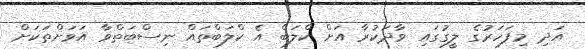
އަދި މިފަހަރުގެ ލީގުގައި ވާދަކުރާ އަށް ކްލަބް އެ ކްލަބްތައް ނިސްބަތްވާ އަވަށްތަކަށް